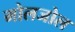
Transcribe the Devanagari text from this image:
मोलजोल